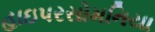
હાઇપરસોમનિયા